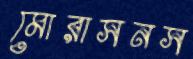
মোরাসনস